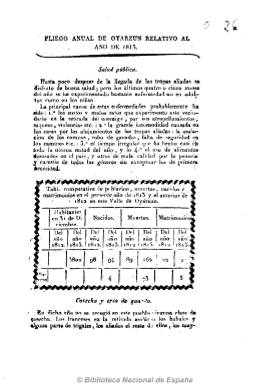
Título: Pliego ordinario de Oyarzun ...
Otros títulos: Pliego ordinario de Oyarzun al Señor Gefe Político de Guipúzcoa || Pliego ordinario de Oyarzun al Señor Gefe Político de Guipúzcoa || Pliego ordinario o Papeleta de Oyarzun || Pliego ordinario o Papeleta de Oyarzun
Colección: Periódicos anteriores a 1850
Ámbito geográfico: Guipúzcoa
Lugar de publicación: Oyarzun [Guipúzcoa]
Fechas: 01/01/1813-31/12/1813

Uno de los periódicos más antiguos de Guipúzcoa, debió aparecer entre octubre y noviembre de 1813, después de la retirada de las tropas napoleónicas a Francia, pues con el título de Pliego anual de Oyarzun relativo al año 1813 contiene una tabla comparativa de la población en el valle guipuzcoano de Oyarzun de los años 1812 y 1813. Además, el otro ejemplar conservado en la Biblioteca Nacional de España corresponde al número 6 y mes de diciembre, con el título: Pliego ordinario de Oyarzun al señor Gefe Político de Guipúzcoa.

De periodicidad semanal (viernes, y en casos excepcionales también los lunes), carece de pie de imprenta, aunque muy bien pudo ser estampado por Ignacio Ramón de Baroxa, que por estas fechas acaba de instalarse en esta ciudad. De cuatro páginas, no está paginado.

Incluye noticias de la guerra napoleónica, especialmente las relativas al sur de Francia, así como comentarios de carácter político, económico y social, uno de ellos bajo el epígrafe “Salud pública”.

Este título es continuado por: Papeleta de Oyarzun (1814).